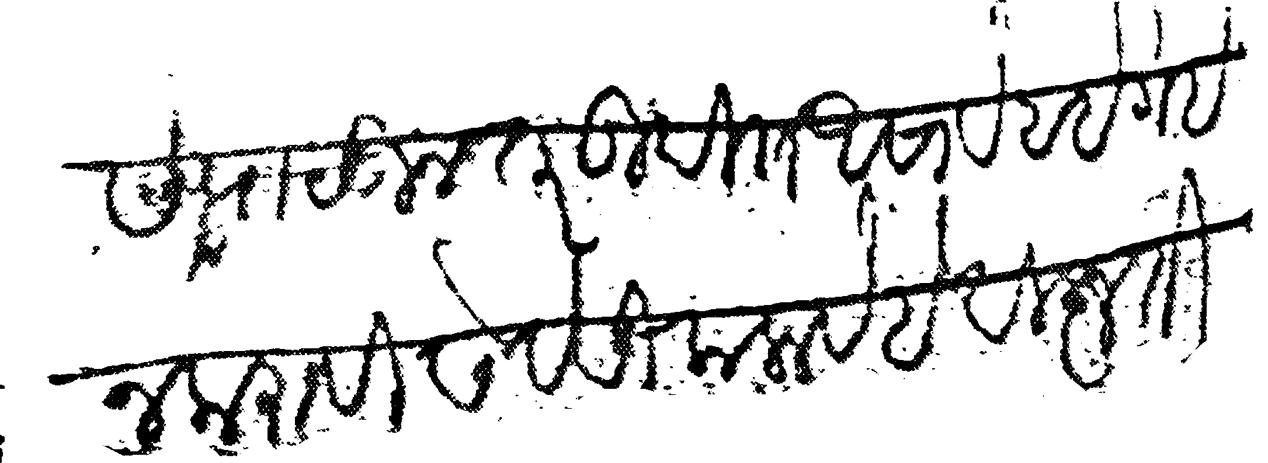
Transliteration (Devanagari): माणसे पाटून तरतूदीत असावे हईगई न करावी सेवेसी कलावे हे विज्ञती